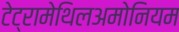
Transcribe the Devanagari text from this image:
टेट्रामेथिलअमोनियम